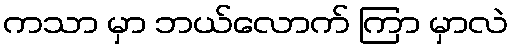
ကသာ မှာ ဘယ်လောက် ကြာ မှာလဲ